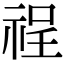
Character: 䄇